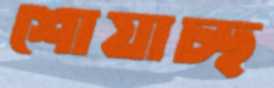
শোয়াচ্ছ